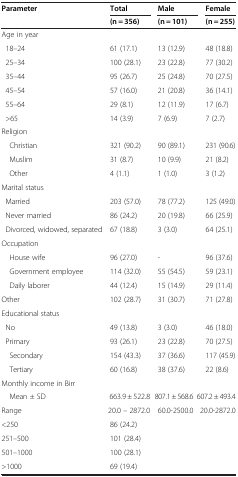
<table><thead><tr><td><b>Parameter</b></td><td><b>Total</b></td><td><b>Male</b></td><td><b>Female</b></td></tr><tr><td><b> </b></td><td><b>(n = 356)</b></td><td><b>(n = 101)</b></td><td><b>(n = 255)</b></td></tr></thead><tbody><tr><td>Age in year</td><td> </td><td> </td><td> </td></tr><tr><td> 18–24</td><td>61 (17.1)</td><td>13 (12.9)</td><td>48 (18.8)</td></tr><tr><td> 25–34</td><td>100 (28.1)</td><td>23 (22.8)</td><td>77 (30.2)</td></tr><tr><td> 35–44</td><td>95 (26.7)</td><td>25 (24.8)</td><td>70 (27.5)</td></tr><tr><td> 45–54</td><td>57 (16.0)</td><td>21 (20.8)</td><td>36 (14.1)</td></tr><tr><td> 55–64</td><td>29 (8.1)</td><td>12 (11.9)</td><td>17 (6.7)</td></tr><tr><td> &gt;65</td><td>14 (3.9)</td><td>7 (6.9)</td><td>7 (2.7)</td></tr><tr><td>Religion</td><td> </td><td> </td><td> </td></tr><tr><td> Christian</td><td>321 (90.2)</td><td>90 (89.1)</td><td>231 (90.6)</td></tr><tr><td> Muslim</td><td>31 (8.7)</td><td>10 (9.9)</td><td>21 (8.2)</td></tr><tr><td> Other</td><td>4 (1.1)</td><td>1 (1.0)</td><td>3 (1.2)</td></tr><tr><td>Marital status</td><td> </td><td> </td><td> </td></tr><tr><td> Married</td><td>203 (57.0)</td><td>78 (77.2)</td><td>125 (49.0)</td></tr><tr><td> Never married</td><td>86 (24.2)</td><td>20 (19.8)</td><td>66 (25.9)</td></tr><tr><td> Divorced, widowed, separated</td><td>67 (18.8)</td><td>3 (3.0)</td><td>64 (25.1)</td></tr><tr><td>Occupation</td><td> </td><td> </td><td> </td></tr><tr><td> House wife</td><td>96 (27.0)</td><td>-</td><td>96 (37.6)</td></tr><tr><td> Government employee</td><td>114 (32.0)</td><td>55 (54.5)</td><td>59 (23.1)</td></tr><tr><td> Daily laborer</td><td>44 (12.4)</td><td>15 (14.9)</td><td>29 (11.4)</td></tr><tr><td>Other</td><td>102 (28.7)</td><td>31 (30.7)</td><td>71 (27.8)</td></tr><tr><td>Educational status</td><td> </td><td> </td><td> </td></tr><tr><td> No</td><td>49 (13.8)</td><td>3 (3.0)</td><td>46 (18.0)</td></tr><tr><td> Primary</td><td>93 (26.1)</td><td>23 (22.8)</td><td>70 (27.5)</td></tr><tr><td> Secondary</td><td>154 (43.3)</td><td>37 (36.6)</td><td>117 (45.9)</td></tr><tr><td> Tertiary</td><td>60 (16.8)</td><td>38 (37.6)</td><td>22 (8.6)</td></tr><tr><td>Monthly income in Birr</td><td> </td><td> </td><td> </td></tr><tr><td> Mean ± SD</td><td>663.9 ± 522.8</td><td>807.1 ± 568.6</td><td>607.2 ± 493.4</td></tr><tr><td>Range</td><td>20.0 – 2872.0</td><td>60.0-2500.0</td><td>20.0-2872.0</td></tr><tr><td>&lt;250</td><td>86 (24.2)</td><td> </td><td> </td></tr><tr><td>251–500</td><td>101 (28.4)</td><td> </td><td> </td></tr><tr><td>501–1000</td><td>100 (28.1)</td><td> </td><td> </td></tr><tr><td>&gt;1000</td><td>69 (19.4)</td><td> </td><td> </td></tr></tbody></table>